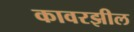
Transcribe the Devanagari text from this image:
कावरझील